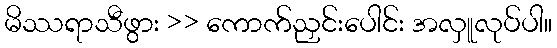
မိဿရာသီဖွား >> ကောက်ညှင်းပေါင်း အလှူလုပ်ပါ။